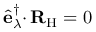
\hat { \mathbf { e } } _ { \lambda } ^ { \dagger } { \boldsymbol { \cdot } } \, { \mathbf { R } } _ { \mathrm { H } } = 0